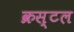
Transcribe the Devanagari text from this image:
क्रस्टल